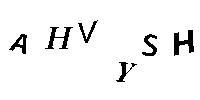
AHVYSH